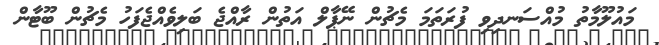
މައުލޫމާތު މުއްސަނދިވި ފުރަތަމަ މެޗުން ނޭޕާލް އަތުން ރާއްޖެ ބަލިވެއްޖެފަހު މެޗުން ބޫޓާން